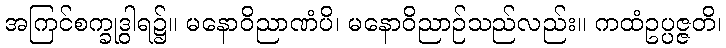
အကြင်စက္ခုဒွါရ၌။ မနောဝိညာဏံပိ၊ မနောဝိညာဉ်သည်လည်း။ ကထံဥပ္ပဇ္ဇတိ၊